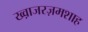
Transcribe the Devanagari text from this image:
ख्व़ाजरज़मशाह